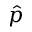
\hat { p }